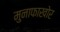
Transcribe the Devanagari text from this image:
मुनाफाखोर